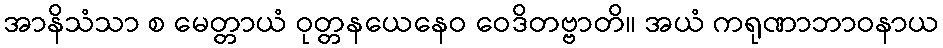
အာနိသံသာ စ မေတ္တာယံ ဝုတ္တနယေနေဝ ဝေဒိတဗ္ဗာတိ။ အယံ ကရုဏာဘာဝနာယ